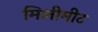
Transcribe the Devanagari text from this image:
मिलीमीट